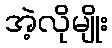
အဲ့လိုမျိုး